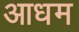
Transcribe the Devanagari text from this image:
आधम